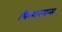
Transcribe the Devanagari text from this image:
फिशरमन्स